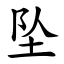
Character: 坠